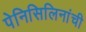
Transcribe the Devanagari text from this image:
पेनिसिलिनांची